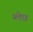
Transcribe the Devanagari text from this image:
म्लेछ